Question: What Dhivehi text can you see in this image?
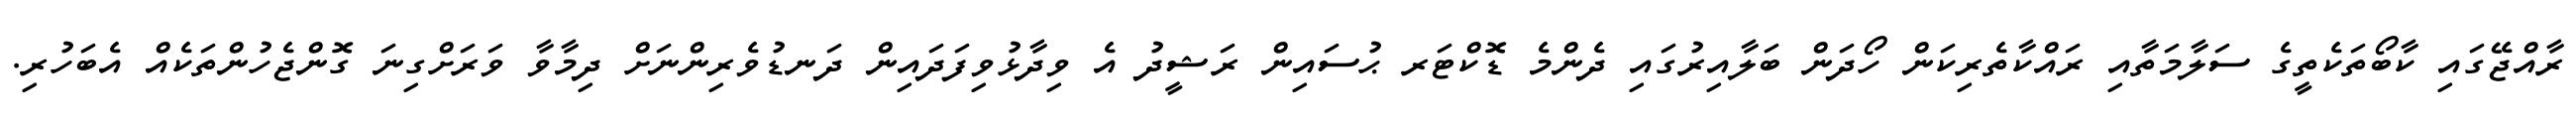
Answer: ރާއްޖޭގައި ކާބޯތަކެތީގެ ސަލާމަތާއި ރައްކާތެރިކަން ހޯދަން ބަލާއިރުގައި ދެންމެ ޑޮކްޓަރ ޙުސައިން ރަޝީދު އެ ވިދާޅުވިފަދައިން ދަނޑުވެރިންނަށް ދިމާވާ ވަރަށްގިނަ ގޮންޖެހުންތަކެއް އެބަހުރި.